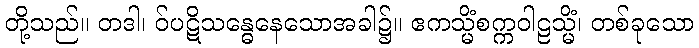
တို့သည်။ တဒါ၊ ဝ်ပဋိသန္ဓေနေသောအခါ၌။ ဧကသ္မိံစက္ကဝါဠသ္မိံ၊ တစ်ခုသော